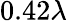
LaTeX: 0.42\lambda